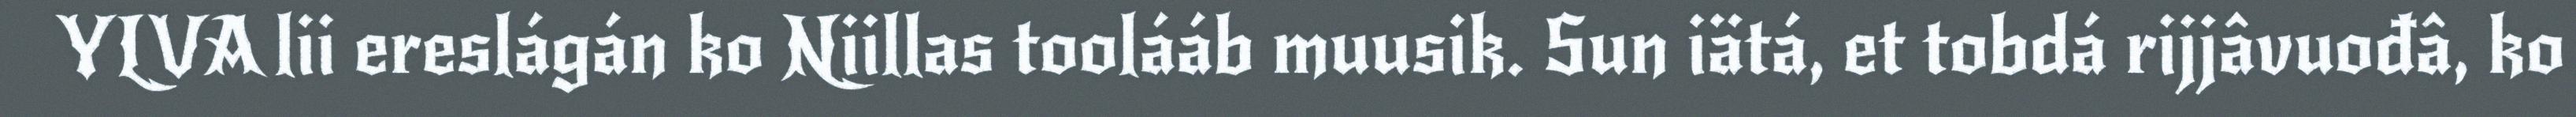
YLVA lii ereslágán ko Niillas toolááb muusik. Sun iätá, et tobdá rijjâvuođâ, ko